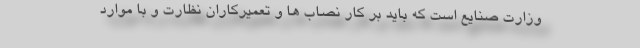
وزارت صنایع است که باید بر کار نصاب ها و تعمیرکاران نظارت و با موارد